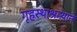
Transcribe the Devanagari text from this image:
गृहस्थाश्रम्याने